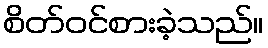
စိတ်ဝင်စားခဲ့သည်။